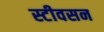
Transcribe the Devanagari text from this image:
स्टीवसन